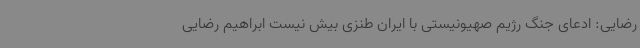
رضایی: ادعای جنگ رژیم صهیونیستی با ایران طنزی بیش نیست ابراهیم رضایی